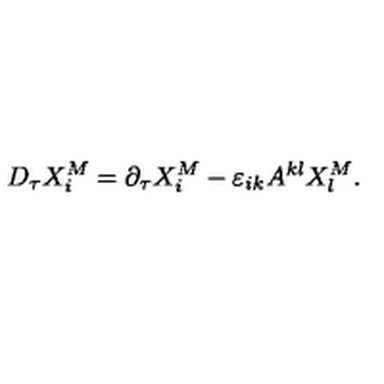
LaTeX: D _ { \tau } X _ { i } ^ { M } = \partial _ { \tau } X _ { i } ^ { M } - \varepsilon _ { i k } A ^ { k l } X _ { l } ^ { M } .